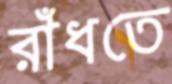
রাঁধতে